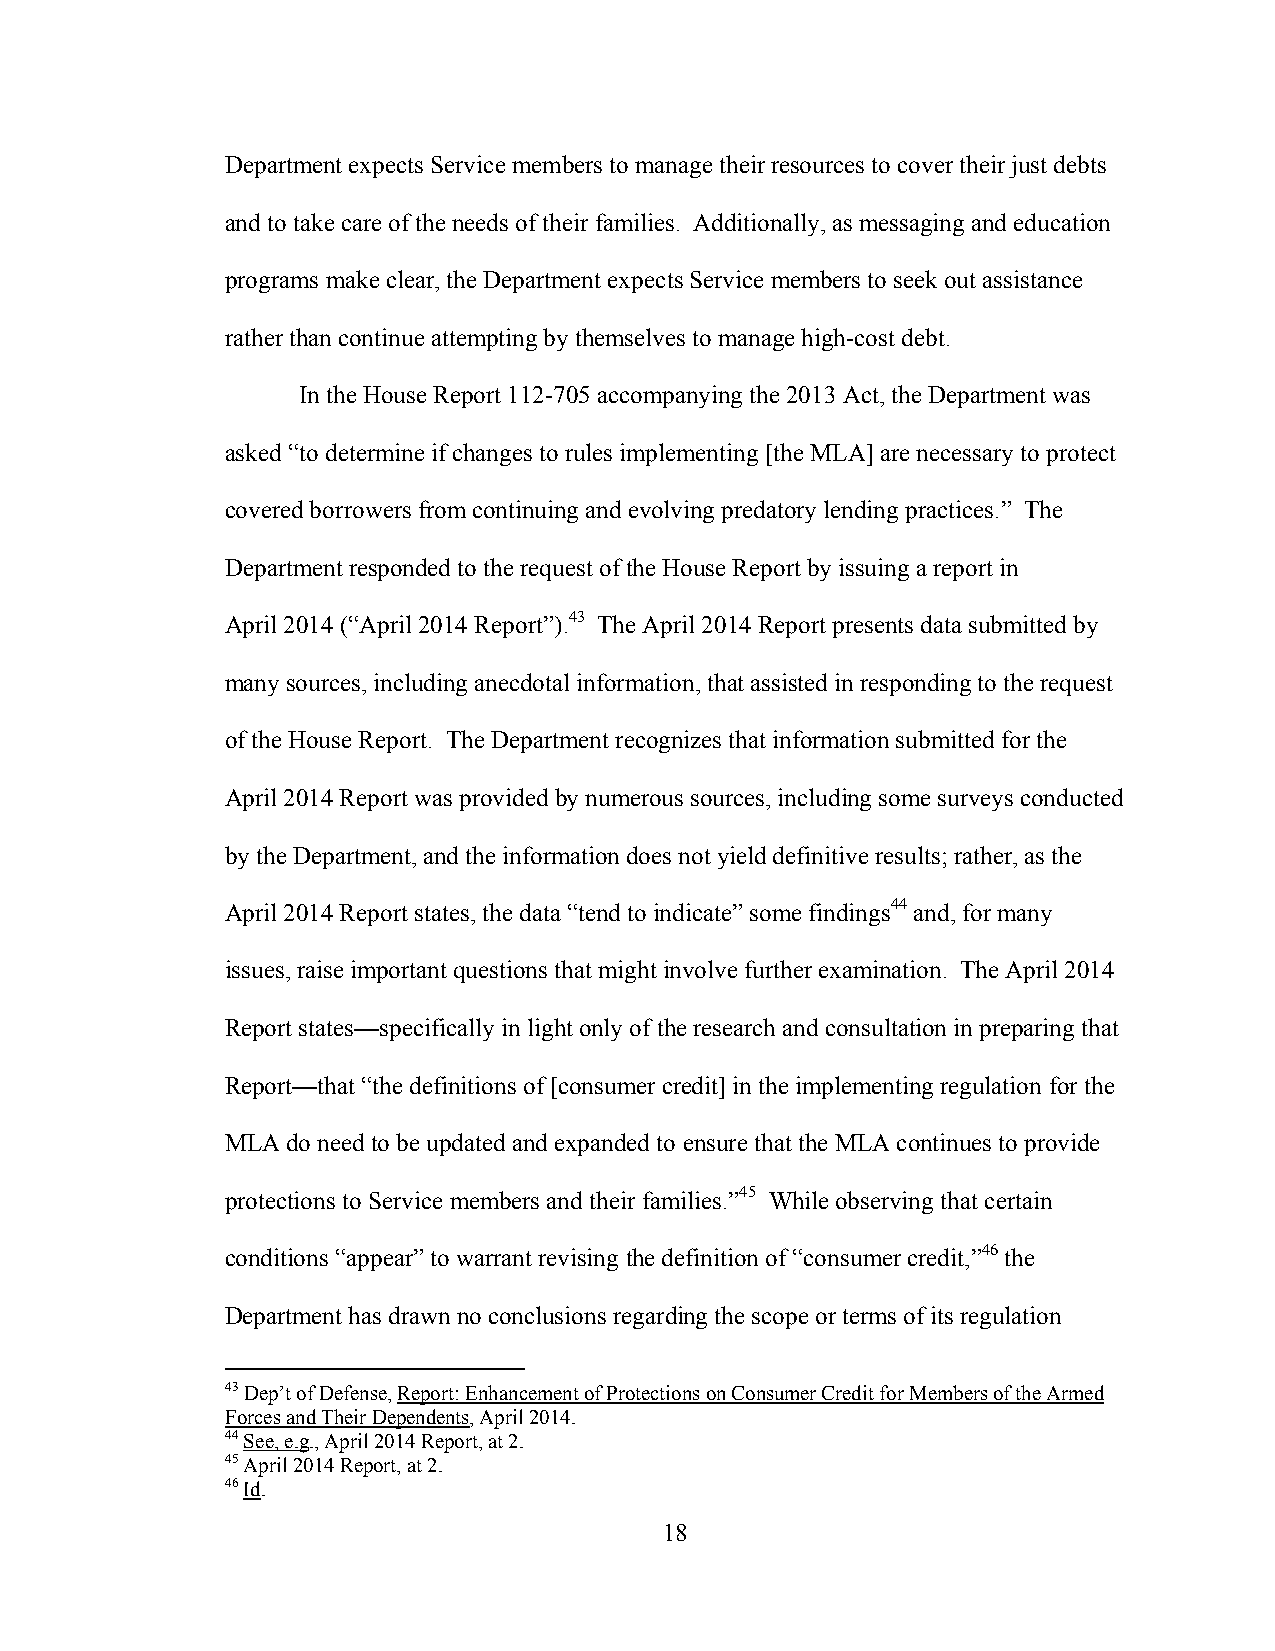
Department expects Service members to manage their resources to cover their just debts
 and to take care of the needs of their families. Additionally, as messaging and education
 programs make clear, the Department expects Service members to seek out assistance
 rather than continue attempting by themselves to manage high-cost debt.
 In the House Report 112-705 accompanying the 2013 Act, the Department was
 asked “to determine if changes to rules implementing [the MLA] are necessary to protect
 covered borrowers from continuing and evolving predatory lending practices.” The
 Department responded to the request of the House Report by issuing a report in
 April 2014 (“April 2014 Report”).43 The April 2014 Report presents data submitted by
 many sources, including anecdotal information, that assisted in responding to the request
 of the House Report. The Department recognizes that information submitted for the
 April 2014 Report was provided by numerous sources, including some surveys conducted
 by the Department, and the information does not yield definitive results; rather, as the
 April 2014 Report states, the data “tend to indicate” some findings44 and, for many
 issues, raise important questions that might involve further examination. The April 2014
 Report states—specifically in light only of the research and consultation in preparing that
 Report—that “the definitions of [consumer credit] in the implementing regulation for the
 MLA do need to be updated and expanded to ensure that the MLA continues to provide
 protections to Service members and their families.”45 While observing that certain
 conditions “appear” to warrant revising the definition of “consumer credit,”46 the
 Department has drawn no conclusions regarding the scope or terms of its regulation
 43 Dep’t of Defense, Report: Enhancement of Protections on Consumer Credit for Members of the Armed
 Forces and Their Dependents, April 2014.
 44 See, e.g., April 2014 Report, at 2.
 45 April 2014 Report, at 2.
 46 Id.
 18